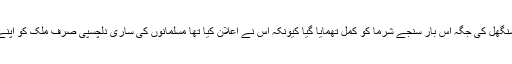
الور شہر کے بنواری لال سنگھل کی جگہ اس بار سنجے شرما کو کمل تھمایا گیا کیونکہ اس نے اعلان کیا تھا مسلمانوں کی ساری دلچسپی صرف ملک کو اپنے قبضے میں لینے کی ہے۔